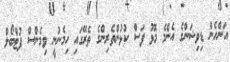
އަންހެން ޑިވިޝަންގެ އެންމެ މޮޅު ފަސް ކުޅުންތެރިންގެ ތެރޭގައި ހިމެނުނީ ވިމެންސް ފުޓްބޯލް